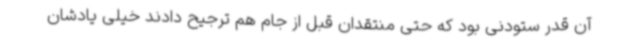
آن قدر ستودنی بود که حتی منتقدان قبل از جام هم ترجیح دادند خیلی یادشان